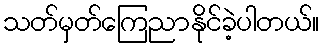
သတ်မှတ်ကြေညာနိုင်ခဲ့ပါတယ်။